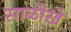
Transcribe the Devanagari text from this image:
साळोखे